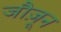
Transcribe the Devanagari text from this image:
जौज़ून